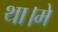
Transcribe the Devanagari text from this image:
था।मे